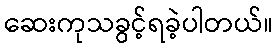
ဆေးကုသခွင့်ရခဲ့ပါတယ်။